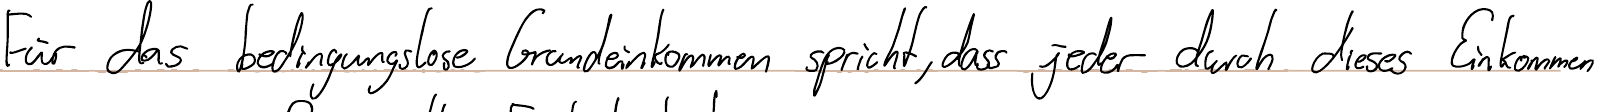
Für das bedingungslose Grundeinkommen spricht, dass jeder durch dieses Einkommen